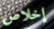
إخلاص